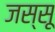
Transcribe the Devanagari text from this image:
जस्सू